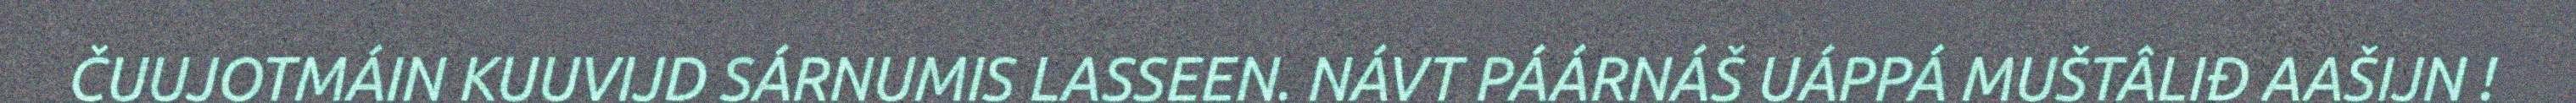
ČUUJOTMÁIN KUUVIJD SÁRNUMIS LASSEEN. NÁVT PÁÁRNÁŠ UÁPPÁ MUŠTÂLIĐ AAŠIJN !